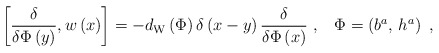
\begin{align*}\left[ \frac \delta {\delta \Phi \left( y\right) },w\left( x\right) \right]=-d_{{\rm W}}\left( \Phi \right) \delta \left( x-y\right) \frac \delta{\delta \Phi \left( x\right) }\,\,,\;\;\;\Phi =\left( b^a,\,h^a\right) \,\,,\end{align*}